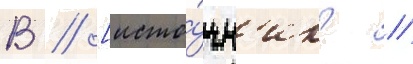
В // [исто́чн'ик? //